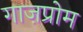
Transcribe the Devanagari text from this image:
गाज़प्रोम